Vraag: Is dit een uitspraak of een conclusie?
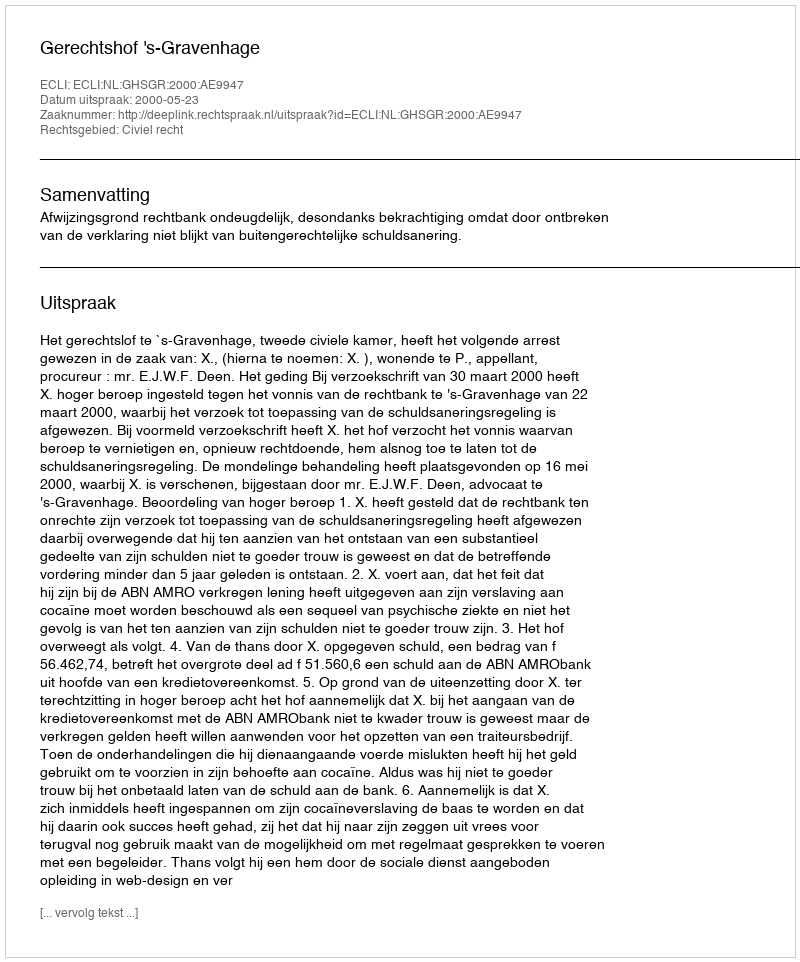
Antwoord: Uitspraak